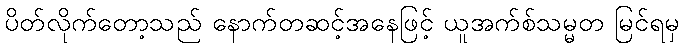
ပိတ်လိုက်တော့သည် နောက်တဆင့်အနေဖြင့် ယူအက်စ်သမ္မတ မြင်ရမှ